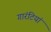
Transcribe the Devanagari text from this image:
गारंटियां